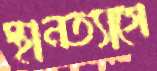
স্থানত্যাগে